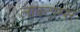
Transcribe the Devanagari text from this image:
लाक्टाम्स